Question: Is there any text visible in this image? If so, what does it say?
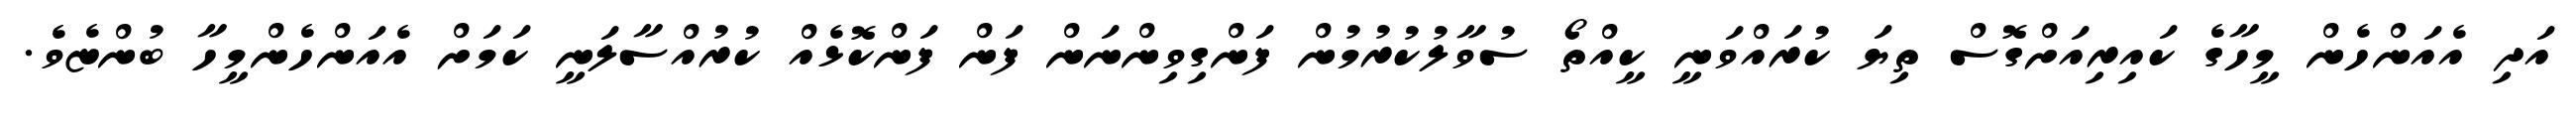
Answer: އަދި އެއަންހެން މީހާގެ ކައިރިއަށްގޮސް ތިޔަ ކުރައްވަނީ ކީއްތޯ ސުވާލުކުރުމުން ފަންގިވިންނަން ފަން ފަންކޮޅެއް ކުރުއްސާލަނީ ކަމަށް އެއަންހެންމީހާ ބުންޏެވެ.